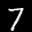
Digit: 7